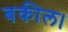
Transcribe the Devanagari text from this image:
बकील।